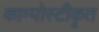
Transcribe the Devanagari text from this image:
काम्पोस्टीकृत